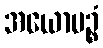
အယောမဉ္စံ